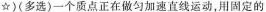
☆)(多选)一个质点正在做匀加速直线运动，用固定的